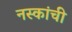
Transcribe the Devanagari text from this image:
नस्कांची